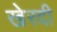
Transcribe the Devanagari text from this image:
खेरदी